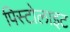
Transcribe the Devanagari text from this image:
पिस्टोलाइट